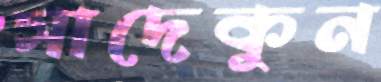
সাদেকুন